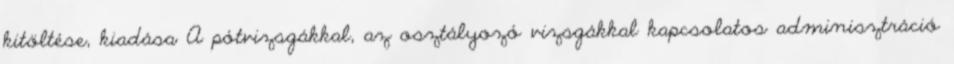
kitöltése, kiadása A pótvizsgákkal, az osztályozó vizsgákkal kapcsolatos adminisztráció